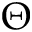
\Theta